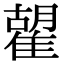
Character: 𩀉